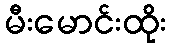
မီးမောင်းထိုး